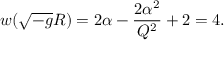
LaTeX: w ( \sqrt { - g } R ) = 2 \alpha - { \frac { 2 \alpha ^ { 2 } } { Q ^ { 2 } } } + 2 = 4 .